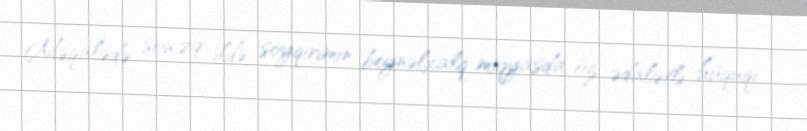
Məqalədə son 29 ildə soyqırımın beynəlxalq miqyasda öz ədalətli hüquqi